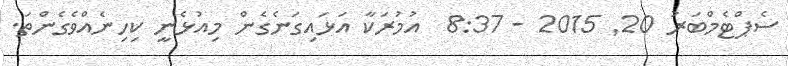
ސެޕްޓެމްބަރު 20